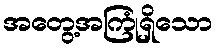
အတွေ့အကြုံရှိသော